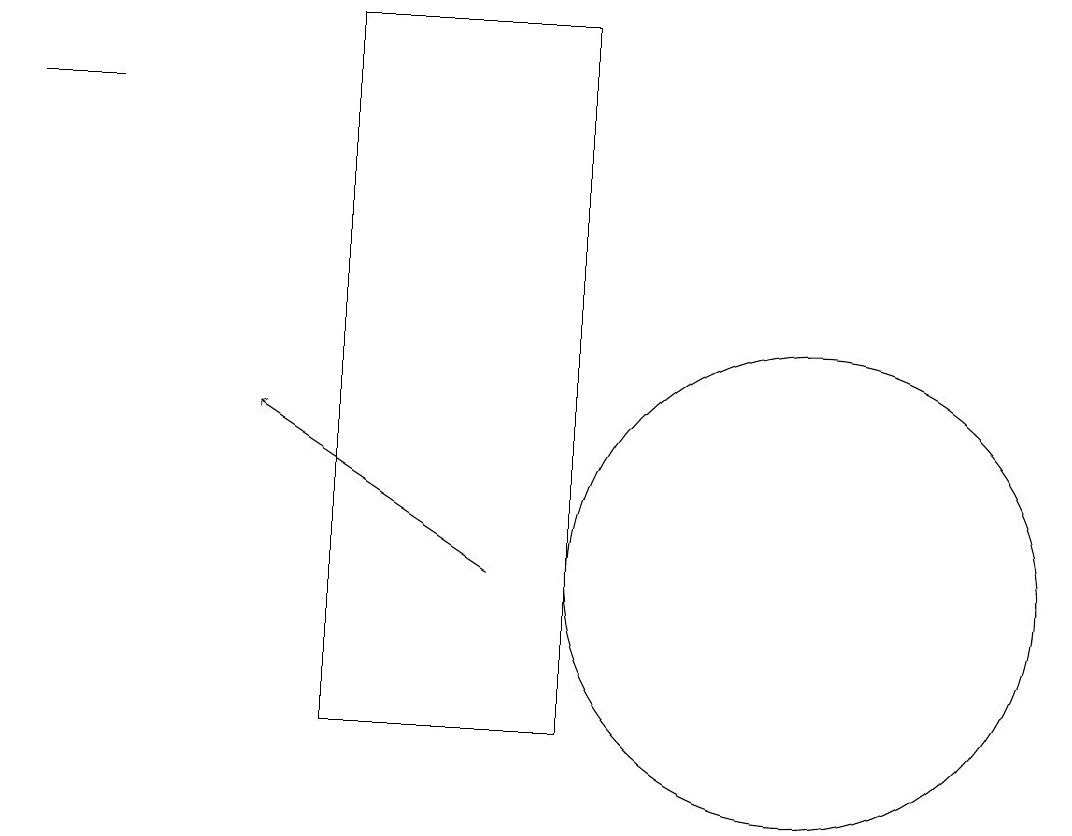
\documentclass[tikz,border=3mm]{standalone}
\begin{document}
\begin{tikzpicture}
\draw (11,12) circle (3);
\draw[->] (7,12) -- (4,14);
\draw (2,18) rectangle (1,18);
\draw (5,19) rectangle (8,10);
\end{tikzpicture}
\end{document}